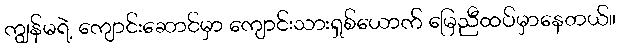
ကျွန်မရဲ့ ကျောင်းဆောင်မှာ ကျောင်းသားရှစ်ယောက် မြေညီထပ်မှာနေတယ်။